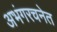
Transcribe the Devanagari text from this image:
अभंगरचनेत